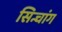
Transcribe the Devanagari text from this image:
सिन्चांग